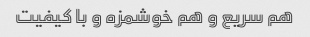
هم سریع و هم خوشمزه و با کیفیت